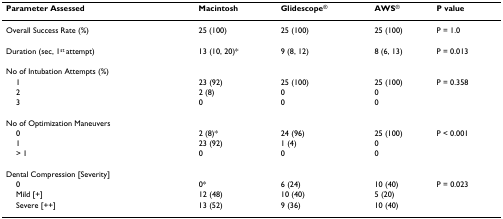
| Parameter Assessed | Macintosh | Glidescope® | AWS® | P value |
 | --- | --- | --- | --- | --- |
 | Overall Success Rate (%) | 25 (100) | 25 (100) | 25 (100) | P = 1.0 |
 | Duration (sec, 1st attempt) | 13 (10, 20)* | 9 (8, 12) | 8 (6, 13) | P = 0.013 |
 | No of Intubation Attempts (%) |  |  |  |  |
 | 1 | 23 (92) | 25 (100) | 25 (100) | P = 0.358 |
 | 2 | 2 (8) | 0 | 0 |  |
 | 3 | 0 | 0 | 0 |  |
 | No of Optimization Maneuvers |  |  |  |  |
 | 0 | 2 (8)* | 24 (96) | 25 (100) | P < 0.001 |
 | 1 | 23 (92) | 1 (4) | 0 |  |
 | > 1 | 0 | 0 | 0 |  |
 | Dental Compression [Severity] |  |  |  |  |
 | 0 | 0* | 6 (24) | 10 (40) | P = 0.023 |
 | Mild [+] | 12 (48) | 10 (40) | 5 (20) |  |
 | Severe [++] | 13 (52) | 9 (36) | 10 (40) |  |